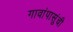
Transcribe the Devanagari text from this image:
गावांपासुंची